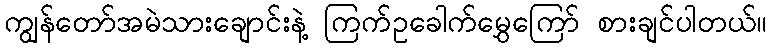
ကျွန်တော်အမဲသားချောင်းနဲ့ ကြက်ဥခေါက်မွှေကြော် စားချင်ပါတယ်။